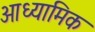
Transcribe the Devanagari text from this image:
आध्‍यामिक